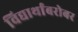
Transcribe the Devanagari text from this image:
विद्यार्थांबरोबर